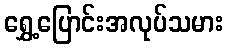
ရွှေ့ပြောင်းအလုပ်သမား